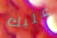
عليك